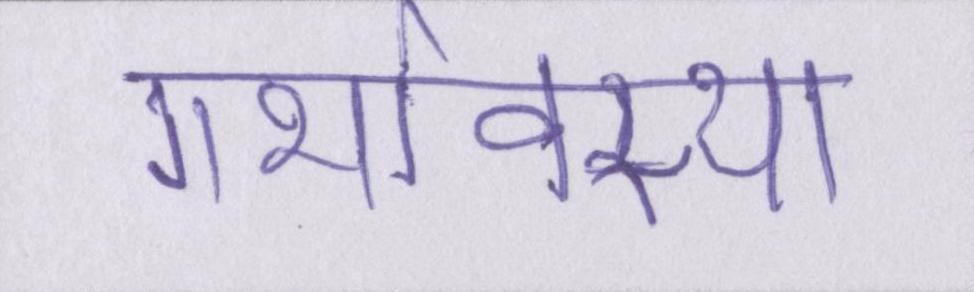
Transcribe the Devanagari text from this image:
गर्भावस्था